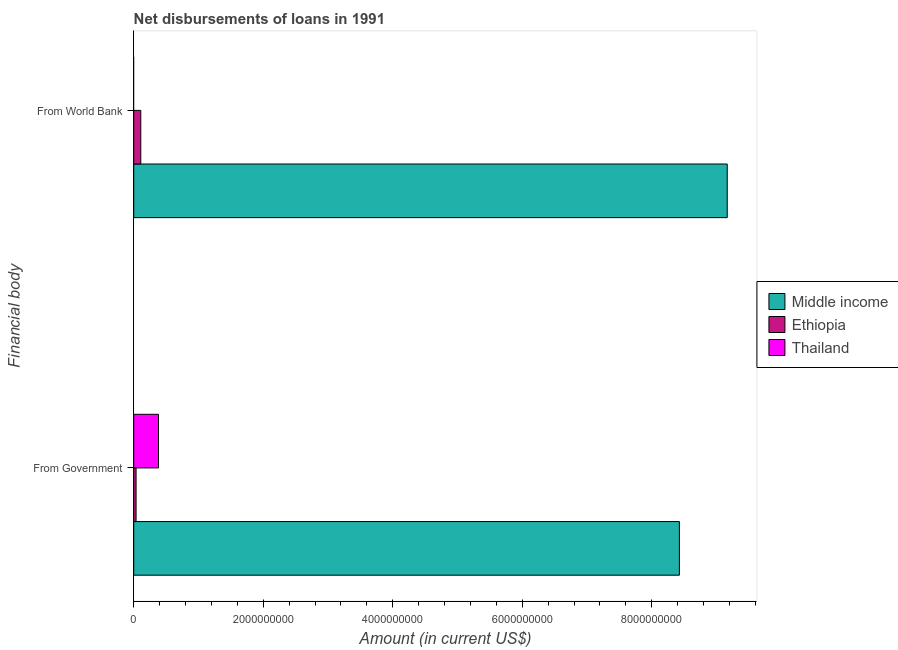
| Financial body | Middle income | Ethiopia | Thailand |
 | --- | --- | --- | --- |
 | From Government | 8.43e+09 | 3.61e+07 | 3.83e+08 |
 | From World Bank | 9.17e+09 | 1.09e+08 | -2.25e+08 |